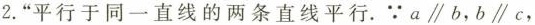
2.“平行于同一直线的两条直线平行。∵a //b，b//c，